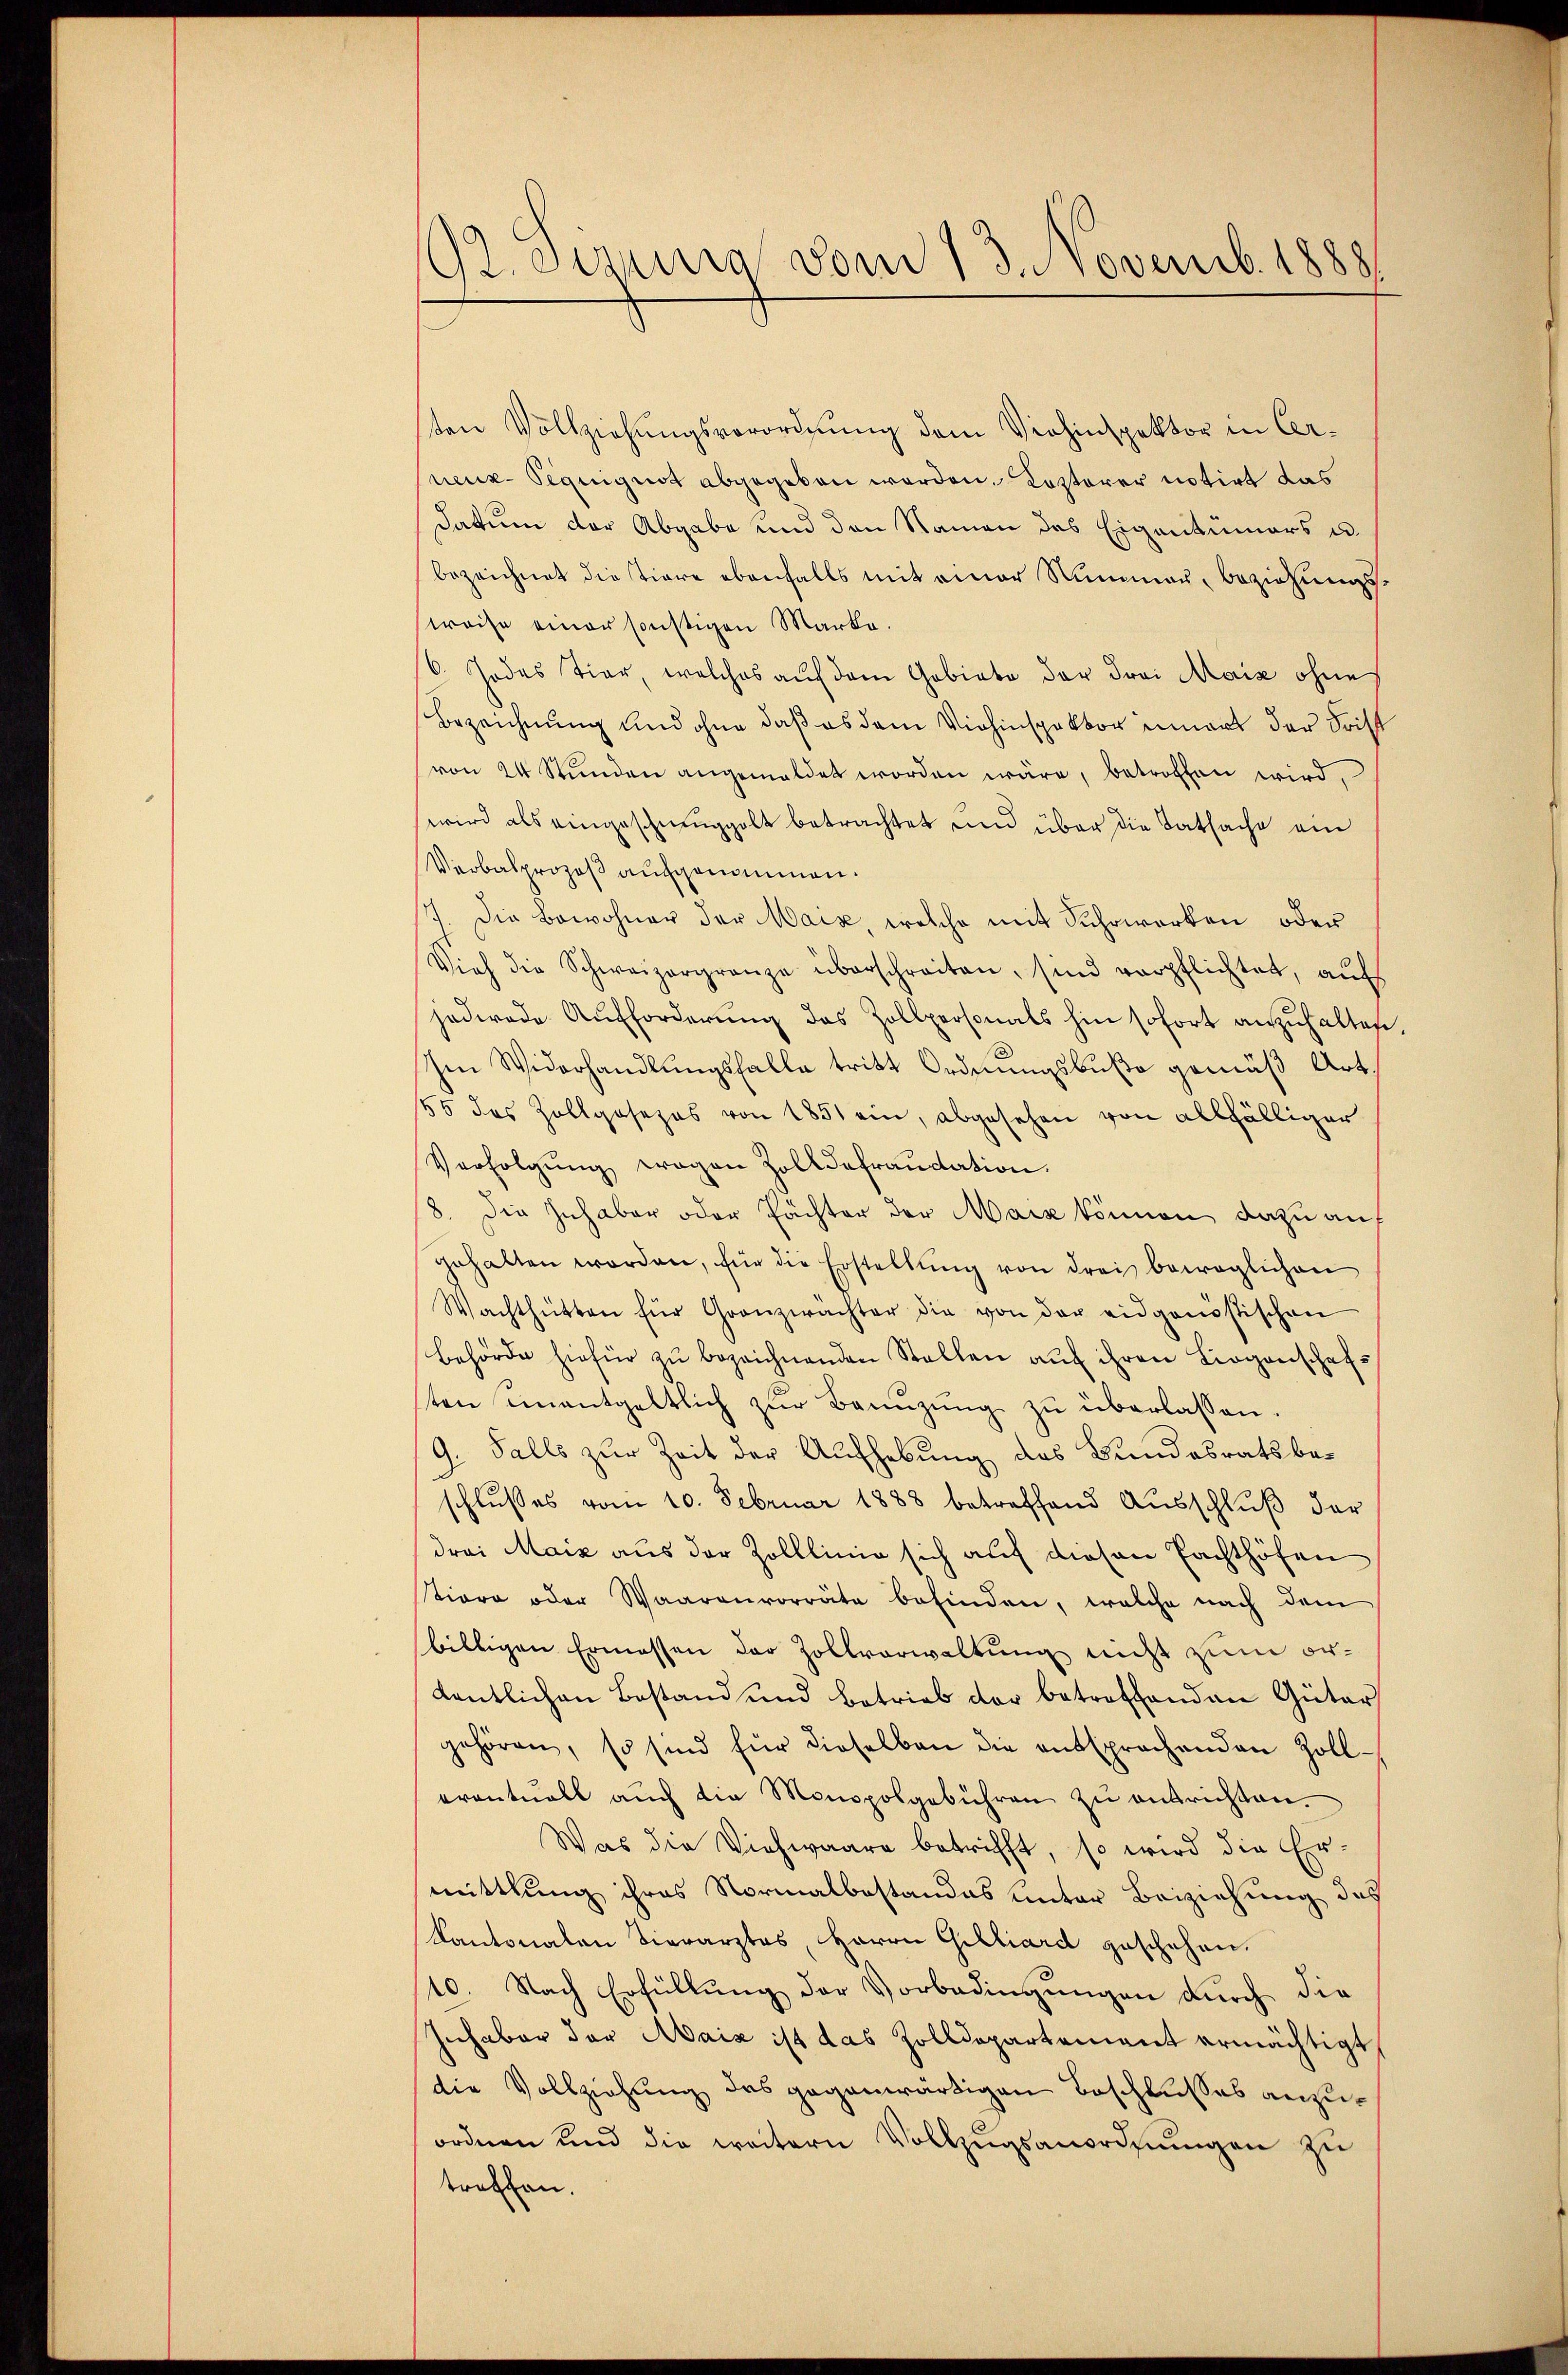
B. eigung vom 13. Novemb. 1888

sten Vollziehungsverordnung dem Viehinspektor in Cerneux-Pequignot abgegeben worden. Kosterer notirt das
Datum der Abgabe und den Namen des Eigentümers u.
bezeichnet die tiere ebenfalls mit einer Nummen, beziehungssweise einer sonstigen Marke.
6. Jedes Tier, welches auf dem Gebiete der Frei Mais ohne
Bezeichnung und ohne daß es dem Viehinspektor innert der Frist
von 24 Stŭnden angemeldet worden wäre, betroffen wird,
wird als eingeschmuggelt betrachtet und über die Tatsache ein
Verbalprozeß aufgenommen.
7. Die Bewohner der Mais, welche mit Suhrwerken oder
Vieh die Schweizergränze überschreiten, sind verpflichtet, auf
jederade Aufforderung das Zollpersonals hin sofort anzuhalten,
hen Widerhandlungsfalle tritt Ordnungsbuße gemäß Art.
55 des Zollgosezes von 1851 ein, abgesehen von allfälliger
Verfolgung wegen Zolldefraudation.
8. Die Inhaber oder Pächter der Mais können dazu auf
gehalten worden, für die Erstellung von drei beweglichen
Wachthütten für Granzwächter die von der eidgenössischen
behörde hiefür zŭ bezeichnenden Stellen auf ihren Liegenschafs
ten einentgeltlich zŭr Bannzung zu überlassen.
9. Falls zur Zeit der Aufhebung des Bundesrats beschlußes vom 10. Februar 1888 betreffend Ausschluß der
drei Maiz aus der Zolllinie sich auf diesen Fachthöfen
tiore oder Waarenvorräte befinden, welche nach dem
billigen Ermessen der Zollverwaltung nicht zum or¬
Kentlichen Bestand und betrieb der betreffenden Güter
i
gehören, so sind für dieselben die entsprochenden Zoll¬
eventuell aŭch die Monopolgebühren zŭ entrichten.
Was die Viehwaare betrifft, so wird die Ermittlung ihres Normalbestandes unter Beiziehung des
Kantonalen Tierarztes, Herrn Gilliard geschehen.
10. Nach Erfüllung der Vorbedingungen durch die
Inhaber der Mais ist das Zolldepartement ermächtigt
die Vollziehung des gegenwärtigen Beschlusses anzuordnen und die weitern Vollzŭgsanordnungen zu
treffen.